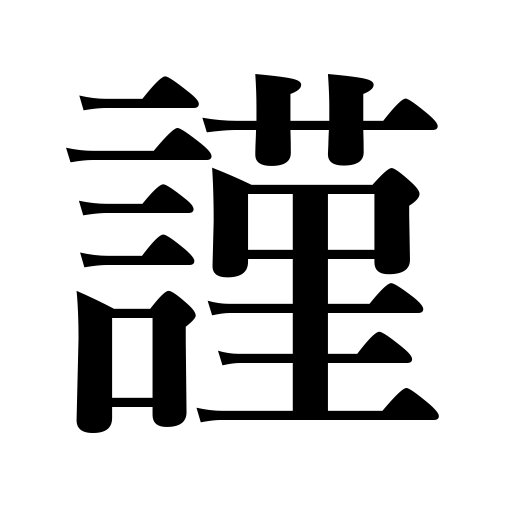
Meanings: ,trouble,inflict pain,strive,difficult,scowl,farfetched,distress,be worried,be perplexed,hardship,feel bitter,try hard,distressing,toil,harass,agony,straitened,suffer,mortification,torment,difficulty,worry,be discreet,groan,be troubled,embarrassing,still climb,persecute,bitter,painful